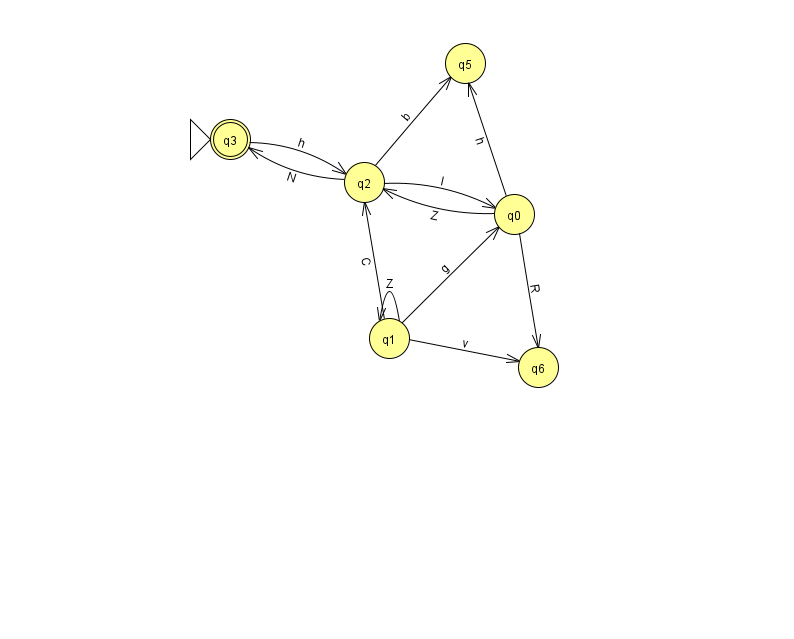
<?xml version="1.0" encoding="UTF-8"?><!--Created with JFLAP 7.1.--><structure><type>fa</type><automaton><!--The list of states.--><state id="0" name="q0"><x>514.0</x><y>201.0</y></state><state id="1" name="q1"><x>389.0</x><y>325.0</y></state><state id="2" name="q2"><x>364.0</x><y>169.0</y></state><state id="3" name="q3"><x>230.0</x><y>126.0</y><initial/><final/></state><state id="5" name="q5"><x>465.0</x><y>50.0</y></state><state id="6" name="q6"><x>538.0</x><y>354.0</y></state><!--The list of transitions.--><transition><from>0</from><to>2</to><read>Z</read></transition><transition><from>0</from><to>6</to><read>R</read></transition><transition><from>1</from><to>0</to><read>g</read></transition><transition><from>1</from><to>6</to><read>v</read></transition><transition><from>2</from><to>0</to><read>l</read></transition><transition><from>0</from><to>5</to><read>h</read></transition><transition><from>1</from><to>2</to><read>C</read></transition><transition><from>1</from><to>1</to><read>Z</read></transition><transition><from>2</from><to>3</to><read>N</read></transition><transition><from>2</from><to>5</to><read>b</read></transition><transition><from>3</from><to>2</to><read>h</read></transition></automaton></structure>